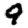
Digit: 9